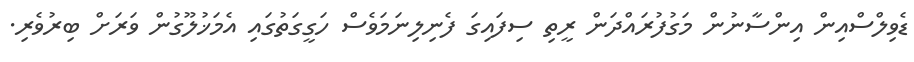
ޑެވިލްސްއިން އިންސާނުން މަގުފުރައްދަން ރީތި ސިފައިގަ ފެނިލިނަމަވެސް ހަގީގަތުގައި އެމަޚުލޫގުން ވަރަށް ބިރުވެރި.